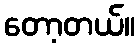
တော့တယ်။